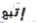
إتبع